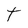
Character: T